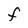
Character: F